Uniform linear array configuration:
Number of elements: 4
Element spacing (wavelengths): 0.5
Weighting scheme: cosine
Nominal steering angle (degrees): -60
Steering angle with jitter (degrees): -60.164
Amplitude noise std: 0.05
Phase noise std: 0.05

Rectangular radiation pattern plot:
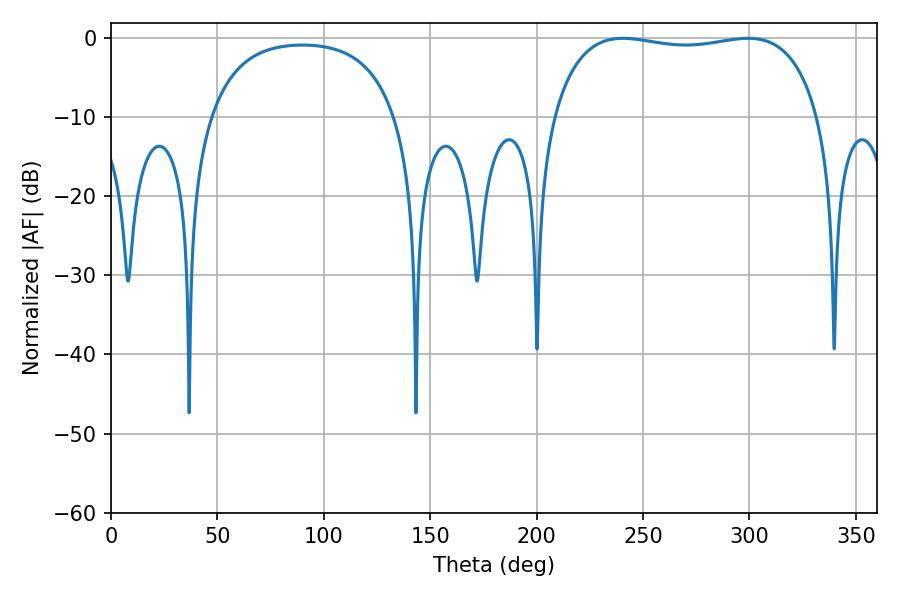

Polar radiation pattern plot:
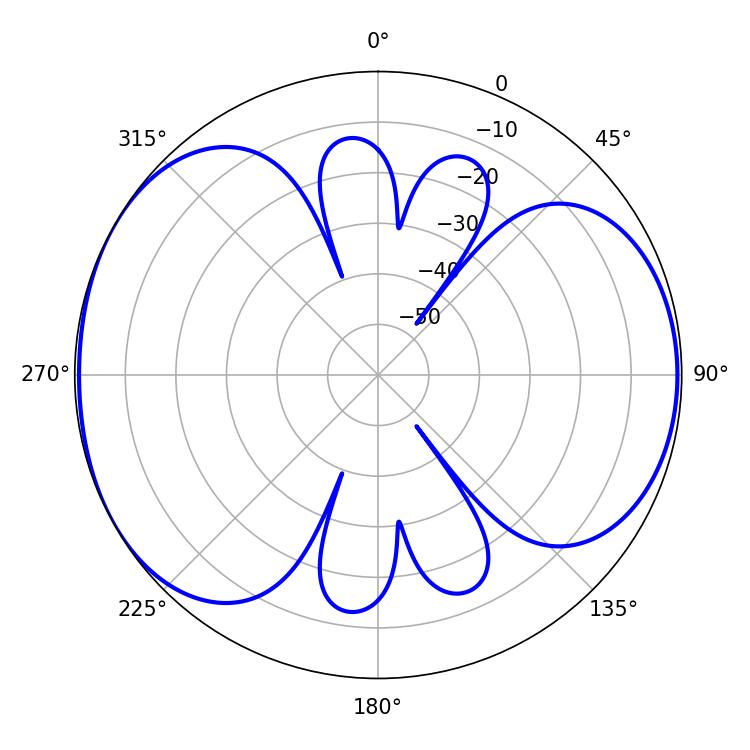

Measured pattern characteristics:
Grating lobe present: FALSE
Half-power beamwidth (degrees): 101.16
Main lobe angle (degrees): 240.48